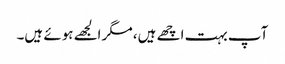
آپ بہت اچھے ہیں، مگر الجھے ہوئے ہیں۔